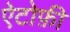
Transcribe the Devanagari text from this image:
ऐटोफ़ी